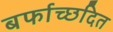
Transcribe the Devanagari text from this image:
बर्फाच्छदित